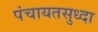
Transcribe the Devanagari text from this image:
पंचायतसुध्दा